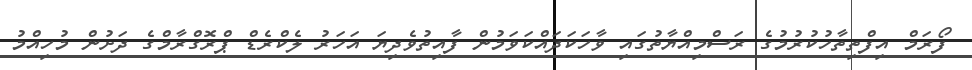
ފޯރަމް އިފްތިތާހުކުރުމުގެ ރަސްމިއްޔާތުގައި ވާހަކަދައްކަވަމުން ފާއިތުވެދިޔަ އަހަރު ލެކްރެޑް ޕްރޮގްރާމްގެ ދަށުން މުހިއްމު